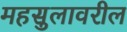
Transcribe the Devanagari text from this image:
महसुलावरील